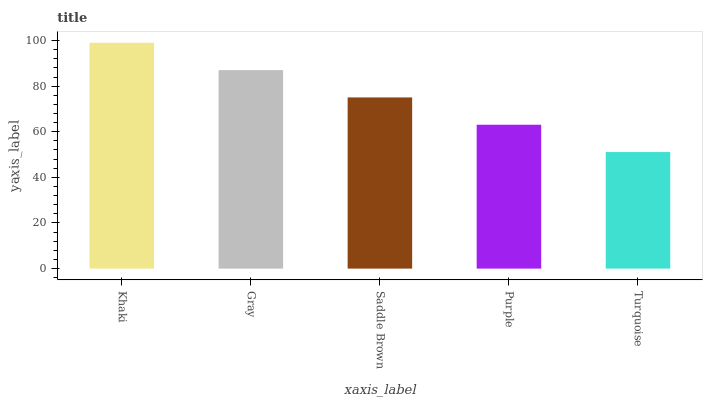
| xaxis_label | bars |
 | --- | --- |
 | Khaki | 99 |
 | Gray | 87 |
 | Saddle Brown | 75.1 |
 | Purple | 63.1 |
 | Turquoise | 51.1 |